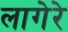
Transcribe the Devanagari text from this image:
लागेरे